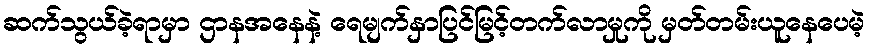
ဆက်သွယ်ခဲ့ရာမှာ ဌာနအနေနဲ့ ရေမျက်နှာပြင်မြင့်တက်လာမှုကို မှတ်တမ်းယူနေပေမဲ့